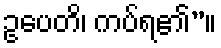
ဥပေတိ၊ ကပ်ရ၏”။